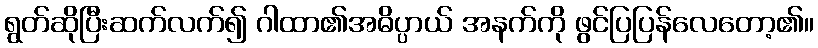
ရွတ်ဆိုပြီးဆက်လက်၍ ဂါထာ၏အဓိပ္ပာယ် အနက်ကို ဖွင်ပြပြန်လေတော့၏။